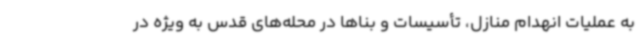
به عملیات انهدام منازل، تأسیسات و بناها در محله‌های قدس به ویژه در